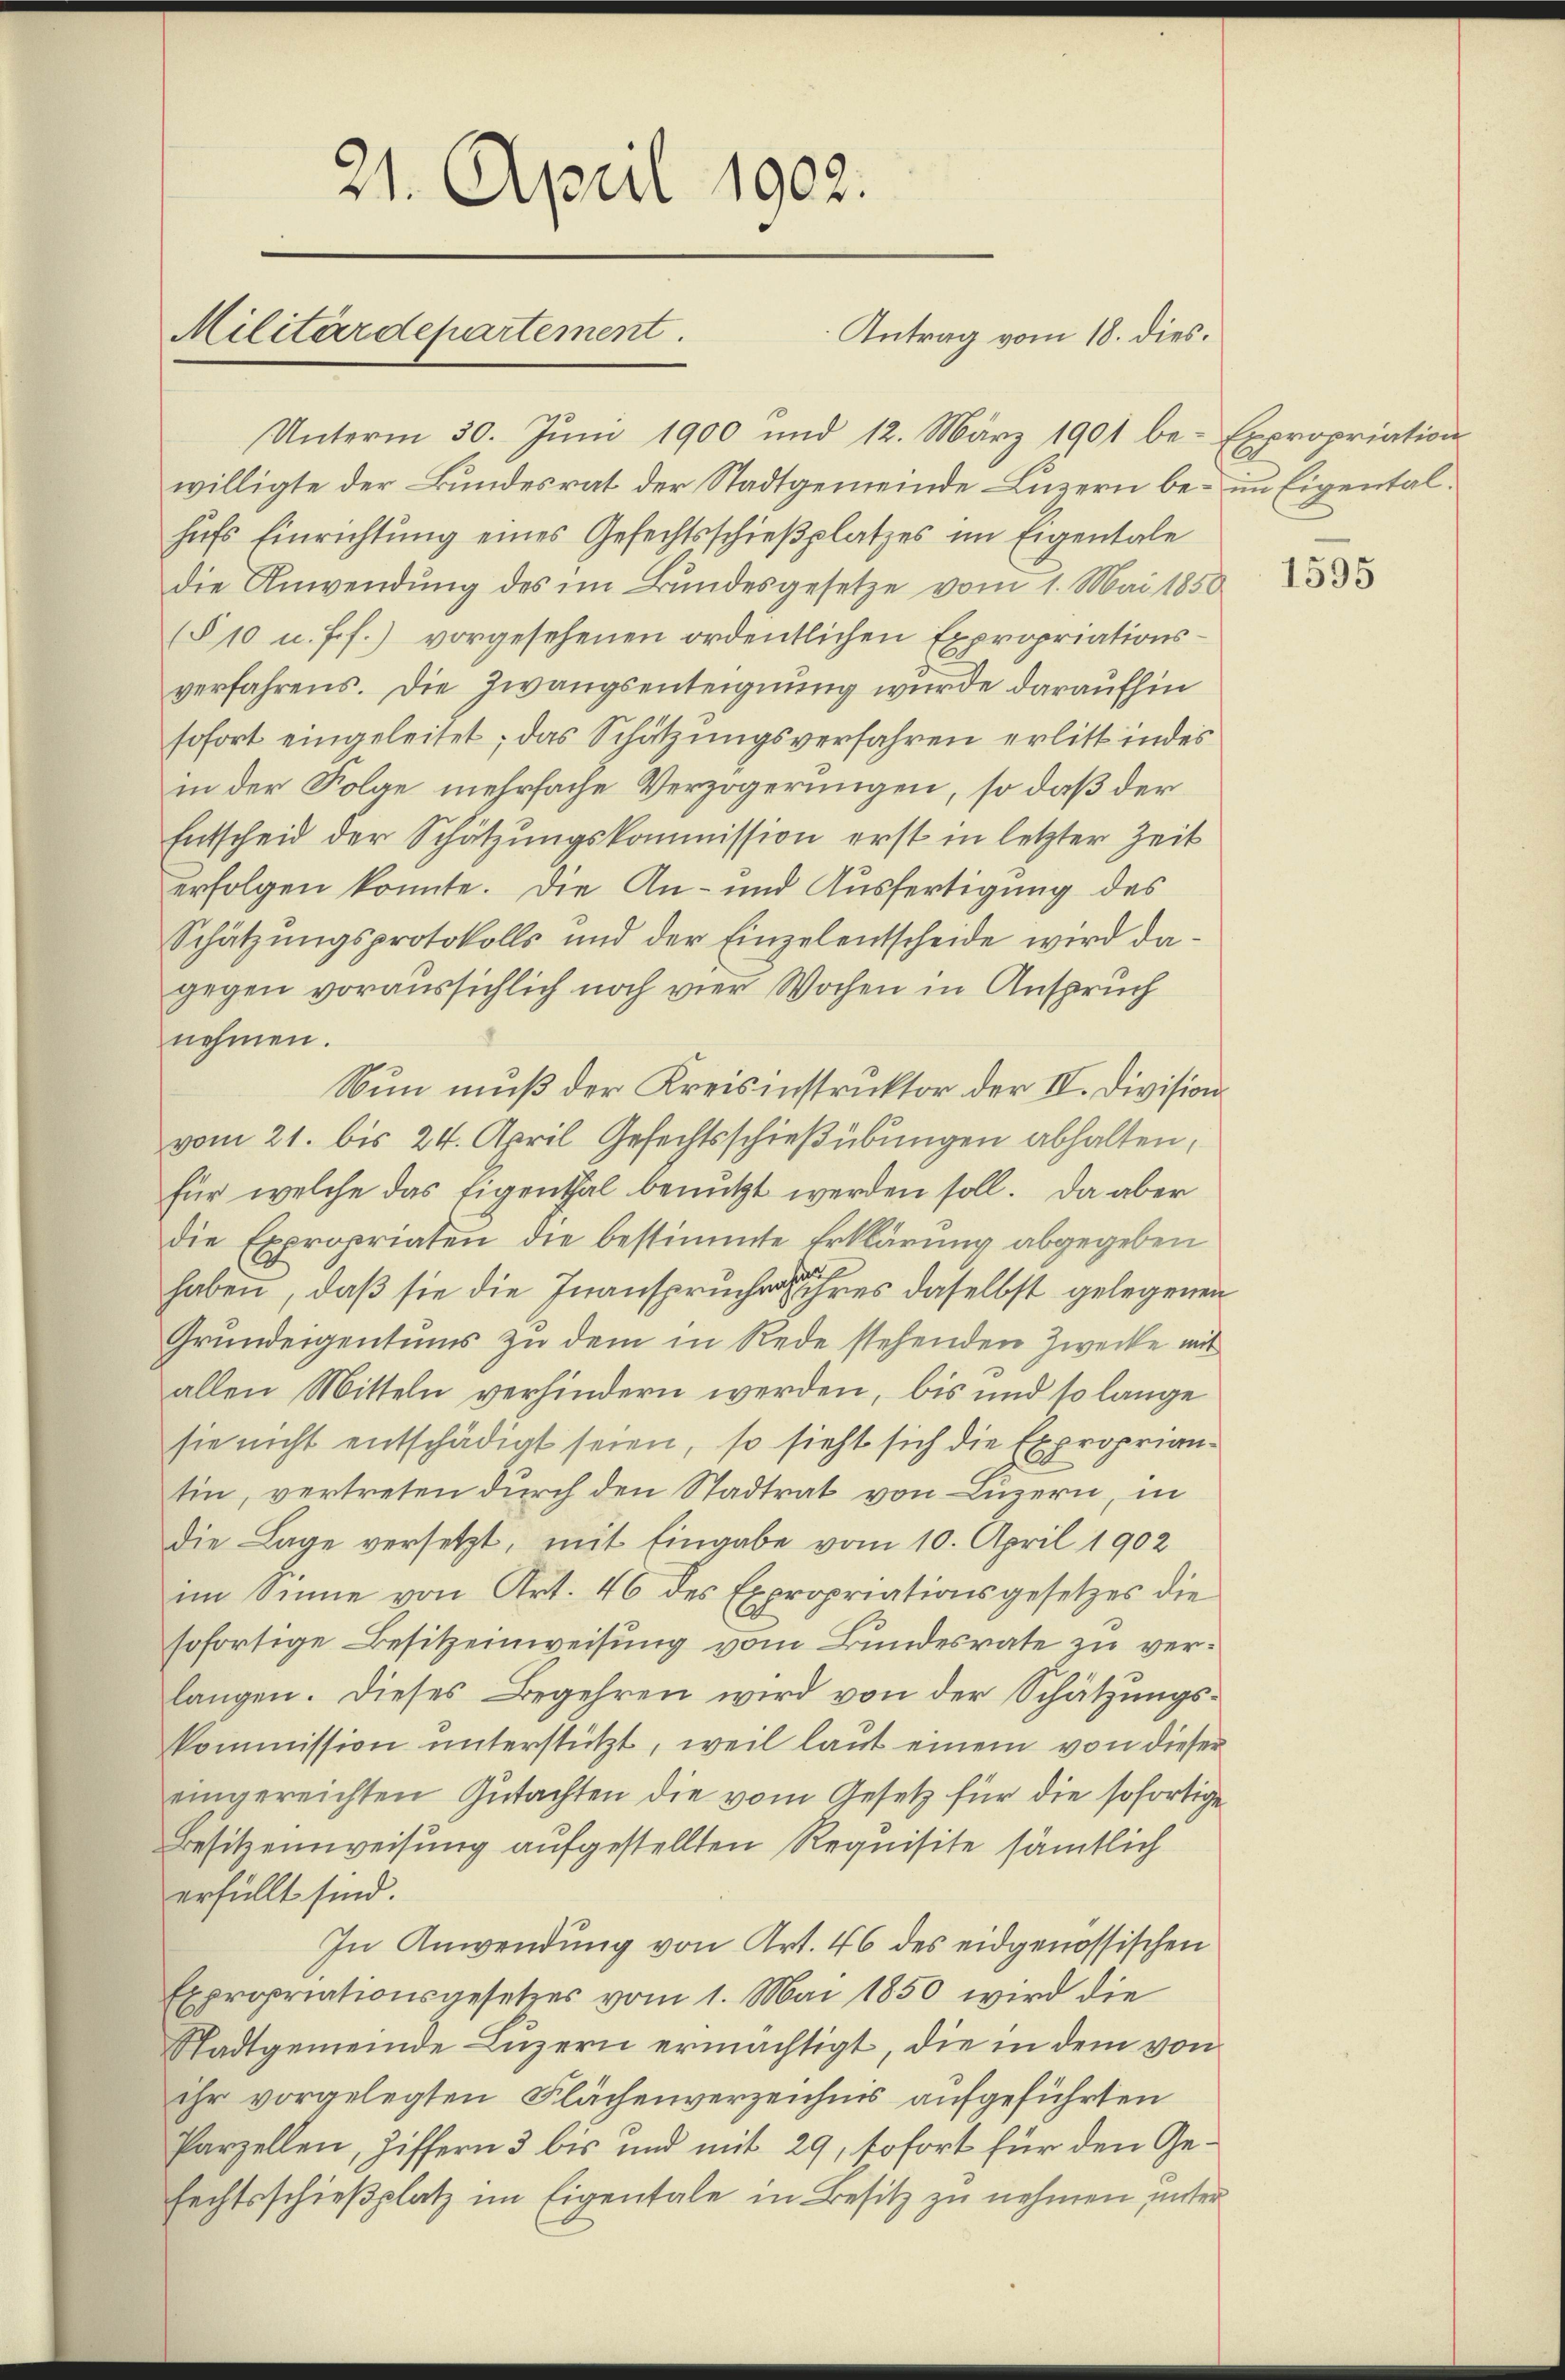
21. April 1902.
Militärdepartement.
Antrag vom 18. dies.

Unterm 30. Jŭni 1900 und 12. März 1901 be- Expropriation
willigte der Bundesrat der Stadtgemeinde Luzern be- im Eigentalhufs Einrichtung eines Gefechtsschießplatzes im Eigentale
die Anwendung des im Bundesgesetze vom 1. Mai 1850
(§ 10 u. ff.) vorgesehenen ordentlichen Expropriationsverfahrens. Die Zwangsenteignung wurde daraufhin
sofort eingeleitet; das Schätzungsverfahren erlitt in des
in der Folge mehrfache Verzögerungen, so daß der
Entscheid der Schätzungskommission erst in letzter Zeit
erfolgen konnte. Die An- und Ausfertigung des
Schätzŭngsprotokolls und der Einzelentscheide wird da-
gegen voraussichlich noch vier Wochen in Anspruch
nehmen.
Nun muß der Kreisinstruktor der IV. Division
vom 21. bis 24. April Gefechtsschießübungen abhalten,
für welche das Eigenthal benutzt werden soll. Da aber
die Expropriaten die bestimmte Erklärung abgegeben
haben, daß sie die Inanspruche ihres daselbst gelegenen
Grundeigentums zu dem in Rede stehenden Zwecke mit
allen Mitteln verhindern werden, bis und so lange
sie nicht entschädigt seien, so sieht sich die Expropriantin, vertreten durch den Stadtrat von Luzern, in
die Lage versetzt, mit Eingabe vom 10. April 1902
im Sinne von Art. 46 des Expropriationsgesetzes die
sofortige Besitzeinweisung vom Bundesrate zu verlangen. Dieses Begehren wird von der Schätzungs-
kommission unterstützt, weil laut einem von dieser
eingereichten Gutachten die vom Gesetz für die sofortige
Besitzeinweisung aufgestellten Requisite sämtlich
erfüllt sind.
In Anwendung von Art. 46 des eidgenössischen
Expropriationsgesetzes vom 1. Mai 1850 wird die
Stadtgemeinde Luzern ermächtigt, die in dem von
ihr vorgelegten Flächenverzeichnis aufgeführten
Parzellen, Ziffern 3 bis und mit 29, sofort für den Gefechtsschieβplatz im Eigentale in Besitz zu nehmen unter

1595